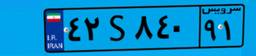
۴۲S۸۴۰۹۱